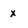
Character: x